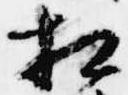
相